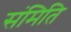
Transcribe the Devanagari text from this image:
संमिति